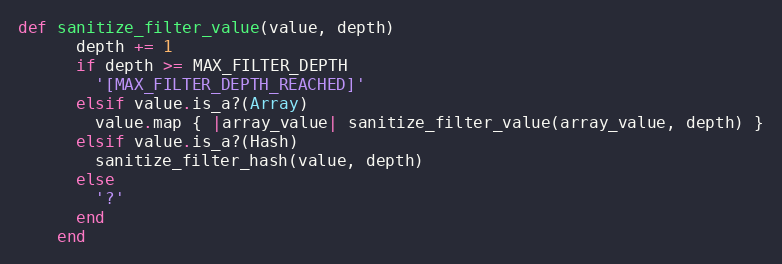
Language: Ruby
def sanitize_filter_value(value, depth)
      depth += 1
      if depth >= MAX_FILTER_DEPTH
        '[MAX_FILTER_DEPTH_REACHED]'
      elsif value.is_a?(Array)
        value.map { |array_value| sanitize_filter_value(array_value, depth) }
      elsif value.is_a?(Hash)
        sanitize_filter_hash(value, depth)
      else
        '?'
      end
    end